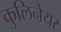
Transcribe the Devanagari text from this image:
कुलिनेयर